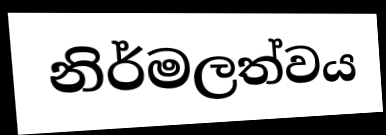
නිර්මලත්වය